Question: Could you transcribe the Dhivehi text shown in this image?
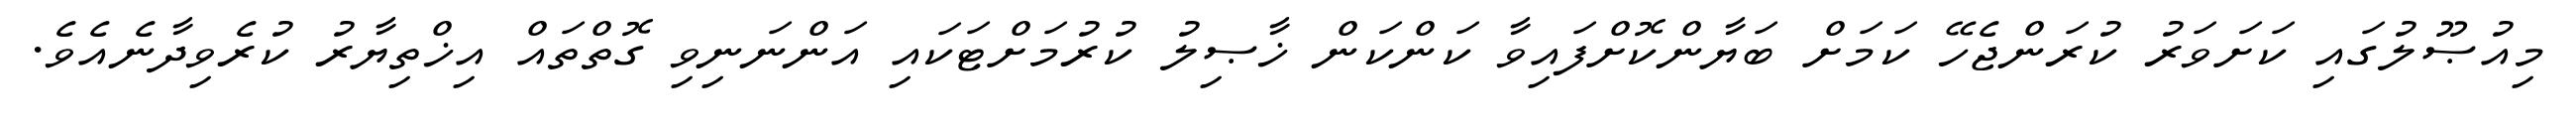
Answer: މިއުޞޫލުގައި ކަށަވަރު ކުރަންޖެހޭ ކަމަށް ބަޔާންކޮށްފައިވާ ކަންކަން ޚާޞިލު ކުރުމަށްޓަކައި އަންނަނިވި ގޮތްތައް އިޚްތިޔާރު ކުރެވިދާނެއެވެ.